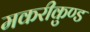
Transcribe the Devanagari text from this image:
मकरीकुण्‍ड